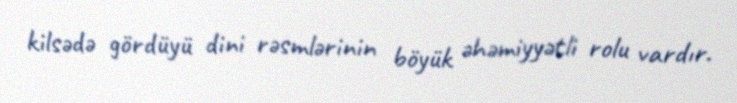
kilsədə gördüyü dini rəsmlərinin böyük əhəmiyyətli rolu vardır.